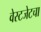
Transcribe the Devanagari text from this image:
वेस्टजेटचा